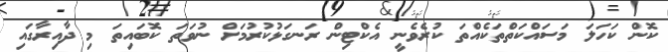
ކޮން ކަހަލަ މަސައްކަތްތަކެއްތަ ކުރެވެނީ އެކްޓިން ރަނގަޅުކުރުމަށް ނުވަތަ ކޮބައިތަ މި ދާއިރާގައި